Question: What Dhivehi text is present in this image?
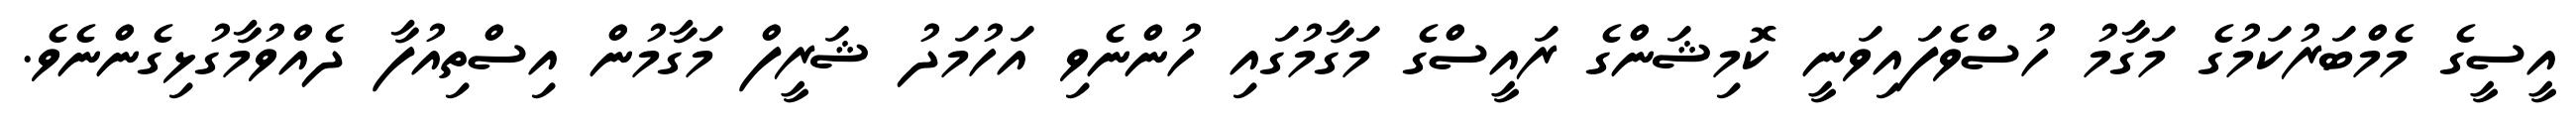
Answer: އީސީގެ މެމްބަރުކަމުގެ މަގާމު ހުސްވެފައިވަނީ ކޮމިޝަންގެ ރައީސްގެ މަގާމުގައި ހުންނެވި އަހުމަދު ޝަރީފް މަގާމުން އިސްތިއުފާ ދެއްވުމާގުޅިގެންނެވެ.